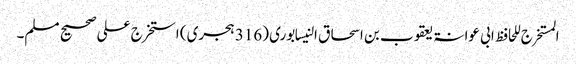
المستخرج للحافظ ابی عوانۃ یعقوب بن اسحاق النیسابوری (316 ہجری) استخرج علی صحیح مسلم۔